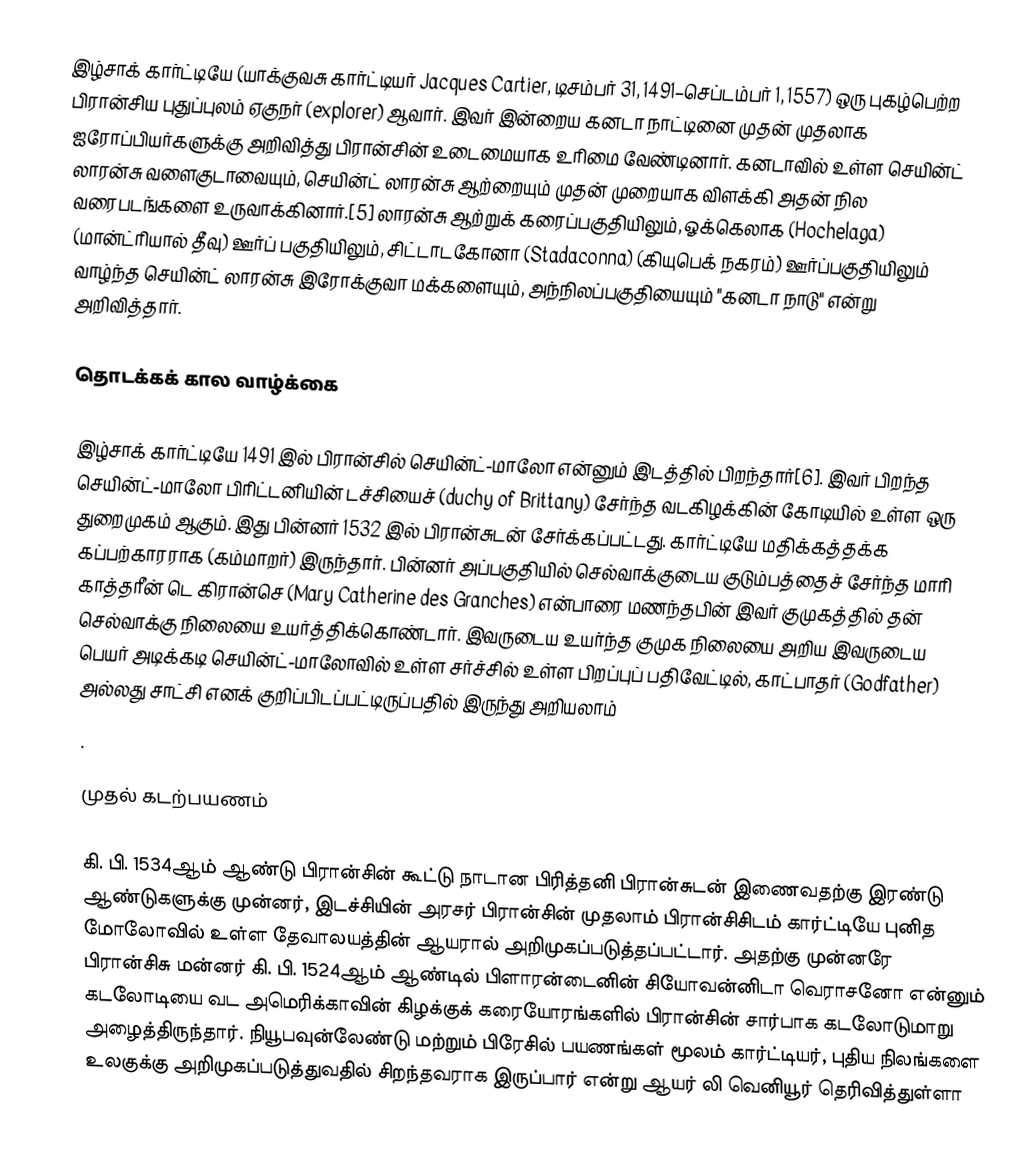
இழ்சாக் கார்ட்டியே (யாக்குவசு கார்ட்டியர் Jacques Cartier, டிசம்பர் 31, 1491–செப்டம்பர் 1, 1557) ஒரு புகழ்பெற்ற பிரான்சிய புதுப்புலம் ஏகுநர் (explorer) ஆவார். இவர் இன்றைய கனடா நாட்டினை முதன் முதலாக ஐரோப்பியர்களுக்கு அறிவித்து பிரான்சின் உடைமையாக உரிமை வேண்டினார். கனடாவில் உள்ள செயின்ட் லாரன்சு வளைகுடாவையும், செயின்ட் லாரன்சு ஆற்றையும் முதன் முறையாக விளக்கி அதன் நில வரைபடங்களை உருவாக்கினார்.[5] லாரன்சு ஆற்றுக் கரைப்பகுதியிலும், ஓக்கெலாக (Hochelaga) (மான்ட்ரியால் தீவு) ஊர்ப் பகுதியிலும், சிட்டாடகோனா (Stadaconna) (கியுபெக் நகரம்) ஊர்ப்பகுதியிலும் வாழ்ந்த செயின்ட் லாரன்சு இரோக்குவா மக்களையும், அந்நிலப்பகுதியையும் "கனடா நாடு" என்று அறிவித்தார்.

தொடக்கக் கால வாழ்க்கை

இழ்சாக் கார்ட்டியே 1491 இல் பிரான்சில் செயின்ட்-மாலோ என்னும் இடத்தில் பிறந்தார்[6]. இவர் பிறந்த செயின்ட்-மாலோ பிரிட்டனியின் டச்சியைச் (duchy of Brittany) சேர்ந்த வடகிழக்கின் கோடியில் உள்ள ஒரு துறைமுகம் ஆகும். இது பின்னர் 1532 இல் பிரான்சுடன் சேர்க்கப்பட்டது. கார்ட்டியே மதிக்கத்தக்க கப்பற்காரராக (கம்மாறர்) இருந்தார். பின்னர் அப்பகுதியில் செல்வாக்குடைய குடும்பத்தைச் சேர்ந்த மாரி காத்தரீன் டெ கிரான்செ (Mary Catherine des Granches) என்பாரை மணந்தபின் இவர் குமுகத்தில் தன் செல்வாக்கு நிலையை உயர்த்திக்கொண்டார். இவருடைய உயர்ந்த குமுக நிலையை அறிய இவருடைய பெயர் அடிக்கடி செயின்ட்-மாலோவில் உள்ள சர்ச்சில் உள்ள பிறப்புப் பதிவேட்டில், காட்பாதர் (Godfather) அல்லது சாட்சி எனக் குறிப்பிடப்பட்டிருப்பதில் இருந்து அறியலாம்
.

முதல் கடற்பயணம்

கி. பி. 1534ஆம் ஆண்டு பிரான்சின் கூட்டு நாடான பிரித்தனி பிரான்சுடன் இணைவதற்கு இரண்டு ஆண்டுகளுக்கு முன்னர்,  இடச்சியின் அரசர் பிரான்சின் முதலாம் பிரான்சிசிடம் கார்ட்டியே புனித மோலோவில் உள்ள தேவாலயத்தின் ஆயரால் அறிமுகப்படுத்தப்பட்டார். அதற்கு முன்னரே பிரான்சிசு மன்னர் கி. பி. 1524ஆம் ஆண்டில் பிளாரன்டைனின் சியோவன்னிடா வெராசனோ என்னும் கடலோடியை வட அமெரிக்காவின் கிழக்குக் கரையோரங்களில் பிரான்சின் சார்பாக கடலோடுமாறு அழைத்திருந்தார். நியூபவுன்லேண்டு மற்றும் பிரேசில் பயணங்கள் மூலம் கார்ட்டியர், புதிய நிலங்களை உலகுக்கு அறிமுகப்படுத்துவதில் சிறந்தவராக இருப்பார் என்று ஆயர் லி வெனியூர் தெரிவித்துள்ளா